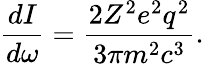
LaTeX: {\frac{dI}{d\omega}}={\frac{2Z^{2}e^{2}q^{2}}{3\pi m^{2}c^{3}}}.